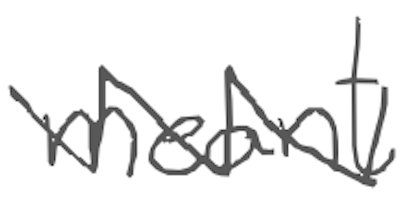
Text: meant
Cross-out: mix
Writing tool: digital_gray